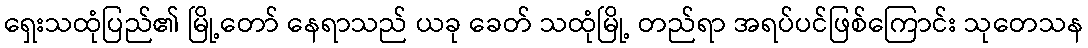
ရှေးသထုံပြည်၏ မြို့တော် နေရာသည် ယခု ခေတ် သထုံမြို့ တည်ရာ အရပ်ပင်ဖြစ်ကြောင်း သုတေသန